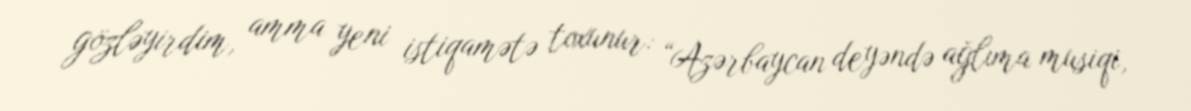
gözləyirdim, amma yeni istiqamətə toxunur: “Azərbaycan deyəndə ağlıma musiqi,